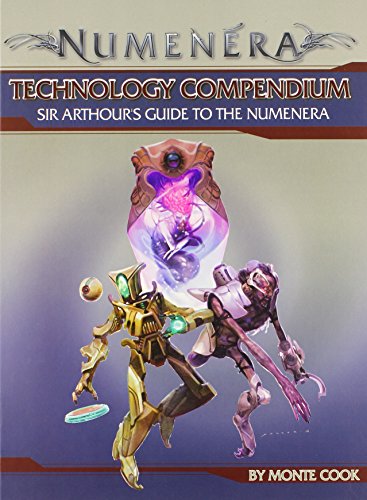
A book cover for Numenera Technology Compendium; Monte Cook; Science Fiction & Fantasy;